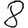
Digit: 8